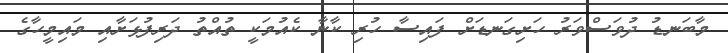
މާބަނޑު ދުވަސްވަރު ހަށިގަނޑަށް ފައިސާ ހުރި ކާނާ ކެއުމަކީ ތުއްތު ދަރިފުޅަށާއި މައިމީހާގެ